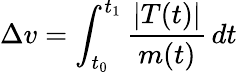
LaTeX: \Delta{v}=\int_{t_{0}}^{t_{1}}{\frac{|T(t)|}{m(t)}}\, dt